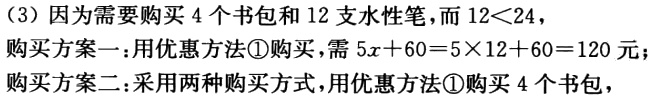
(3) 因为需要购买 4 个书包和 12 支水性笔，而 \(12<24\)，
购买方案一：用优惠方法\textcircled{1}购买，需 \(5x + 60=5\times12 + 60 = 120\) 元；
购买方案二：采用两种购买方式，用优惠方法\textcircled{1}购买 4 个书包，